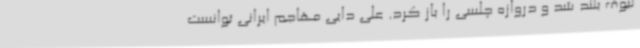
لبوف بلند شد و دروازه چلسی را باز کرد. علی دایی مهاجم ایرانی توانست